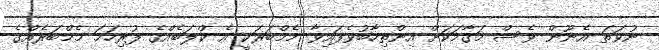
ނުވަތަ އެނޫން ވެސް މަގާމަކަށް އިންތިހާބުވެފައިވާ މެމްބަރަކީ އެ ކްލަބެއްގެ ފުރިހަމަ މެމްބަރެއްގެ